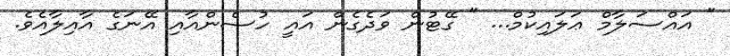
" އައްސަލާމް ޢަލައިކުމް... " ގޭޓުން ވަދެގެން އައީ ހުސެންއާއި އޭނަގެ އާއިލާއެވެ.